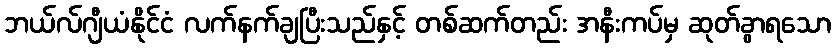
ဘယ်လ်ဂျီယံနိုင်ငံ လက်နက်ချပြီးသည်နှင့် တစ်ဆက်တည်း အနီးကပ်မှ ဆုတ်ခွာရသော